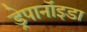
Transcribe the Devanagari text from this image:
ड्रेपानॉइडा